Insane asylums in Bengal annual reports 1867-1875 - 1867-1875
Year: 1867
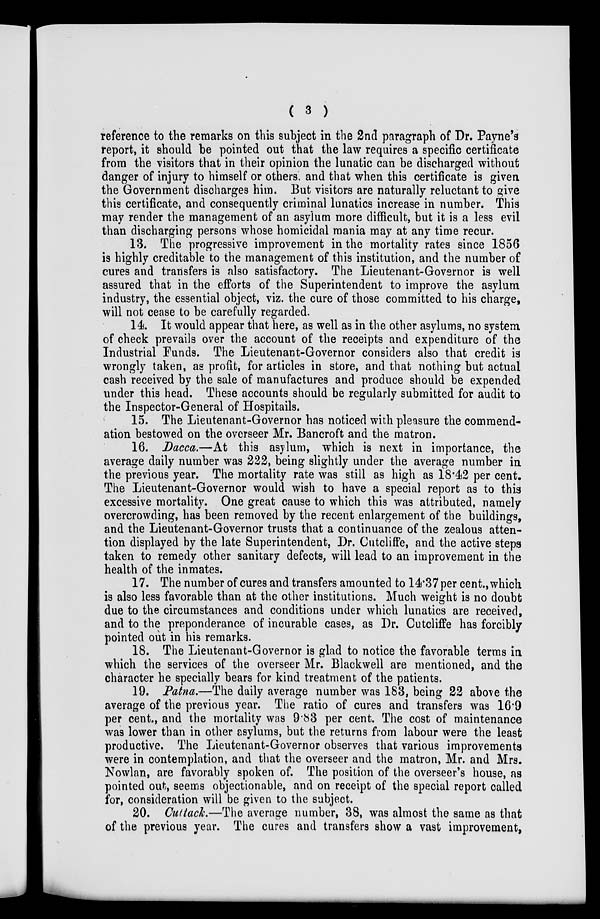
( 3 )
reference to the remarks on this subject in the 2nd paragraph of Dr. Payne's
report, it should be pointed out that the law requires a specific certificate
from the visitors that in their opinion the lunatic can be discharged without
danger of injury to himself or others, and that when this certificate is given
the Government discharges him. But visitors are naturally reluctant to give
this certificate, and consequently criminal lunatics increase in number. This
may render the management of an asylum more difficult, but it is a less evil
than discharging persons whose homicidal mania may at any time recur.
13. The progressive improvement in the mortality rates since 1856
is highly creditable to the management of this institution, and the number of
cures and transfers is also satisfactory. The Lieutenant-Governor is well
assured that in the efforts of the Superintendent to improve the asylum
industry, the essential object, viz. the cure of those committed to his Charge,
will not cease to be carefully regarded.
14. It would appear that here, as well as in the other asylums, no system
of check prevails over the account of the receipts and expenditure of the
Industrial Funds. The Lieutenant-Governor considers also that credit is
wrongly taken, as profit, for articles in store, and that nothing but actual
cash received by the sale of manufactures and produce should be expended
under this head. These accounts should be regularly submitted for audit to
the Inspector-General of Hospitails.
15. The Lieutenant-Governor has noticed with pleasure the commend-
ation bestowed on the overseer Mr. Bancroft and the matron.
16. Dacca.—At this asylum, which is next in importance, the
average daily number was 222, being slightly under the average number in
the previous year. The mortality rate was still as high as 18.42 per cent.
The Lieutenant-Governor would wish to have a special report as to this
excessive mortality. One great cause to which this was attributed, namely
overcrowding, has been removed by the recent enlargement of the buildings,
and the Lieutenant-Governor trusts that a continuance of the zealous atten-
tion displayed by the late Superintendent, Dr. Cutcliffe, and the active steps
taken to remedy other sanitary defects, will lead to an improvement in the
health of the inmates.
17. The number of cures and transfers amounted to 14.37per cent., which
is also less favorable than at the other institutions. Much weight is no doubt
due to the circumstances and conditions under which lunatics are received,
and to the preponderance of incurable cases, as Dr. Cutcliffe has forcibly
pointed out in his remarks.
18. The Lieutenant-Governor is glad to notice the favorable terms in
which the Services of the overseer Mr. Blackwell are mentioned, and the
character he specially bears for kind treatment of the patients.
19. Patna.—The daily average number was 183, being 22 above the
average of the previous year. The ratio of cures and transfers was 16.9
per cent., and the mortality was 9.83 per cent. The cost of maintenance
was lower than in other asylums, but the returns from labour were the least
productive. The Lieutenant-Governor observes that various improvements
were in contemplation, and that the overseer and the matron, Mr. and Mrs.
Nowlan, are favorably spoken of. The position of the overseer's house, as
pointed out, seems objectionable, and on receipt of the special report called
for, consideration will be given to the subject.
20. Cuttack.—The average number, 38, was almost the same as that
of the previous year. The cures and transfers show a vast improvement,